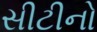
સીટીનો